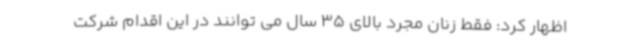
اظهار کرد: فقط زنان مجرد بالای 35 سال می توانند در این اقدام شرکت